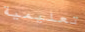
تعليمية